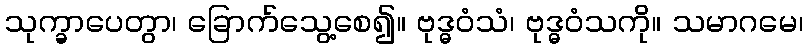
သုက္ခာပေတွာ၊ ခြောက်သွေ့စေ၍။ ဗုဒ္ဓဝံသံ၊ ဗုဒ္ဓဝံသကို။ သမာဂမေ၊